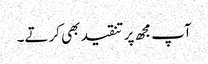
آپ مجھ پر تنقید بھی کرتے۔